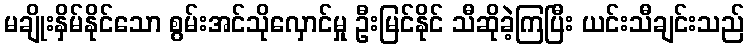
မချိုးနှိမ်နိုင်သော စွမ်းအင်သိုလှောင်မှု ဦးမြင်နိုင် သီဆိုခဲ့ကြပြီး ယင်းသီချင်းသည်